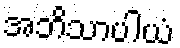
အဘိသာပါယံ